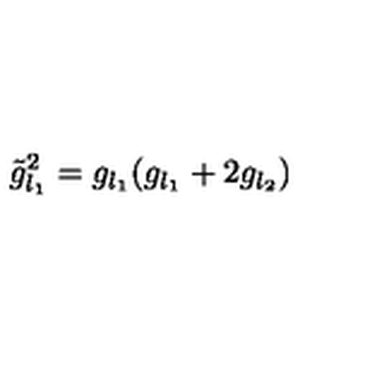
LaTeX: \tilde { g } _ { l _ { 1 } } ^ { 2 } = g _ { l _ { 1 } } ( g _ { l _ { 1 } } + 2 g _ { l _ { 2 } } )